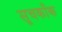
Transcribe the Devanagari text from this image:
सूचकाँक